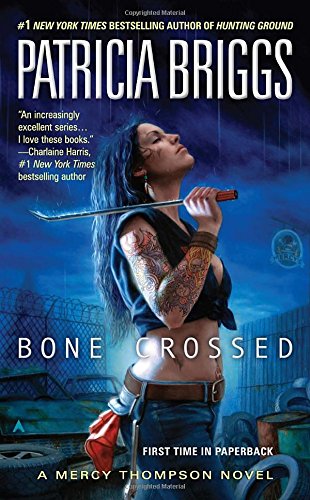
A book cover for Bone Crossed (Mercy Thompson, Book 4); Patricia Briggs; Romance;